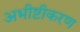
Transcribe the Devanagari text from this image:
अभीष्टीकरण